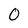
Character: 0